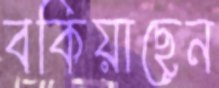
বকিয়াছেন